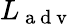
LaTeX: L_{\mathrm{~a~d~v~}}